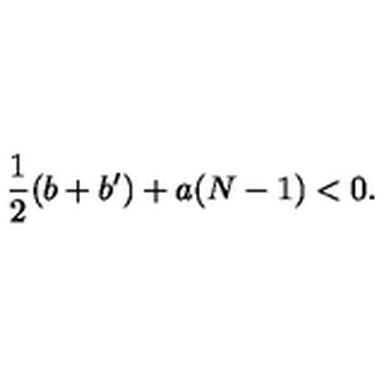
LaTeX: \frac 1 2 ( b + b ^ { \prime } ) + a ( N - 1 ) < 0 .